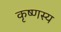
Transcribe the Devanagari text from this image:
कृष्णस्य